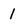
Character: 1